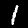
Digit: 1